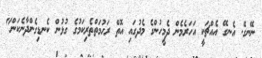
ނޭނގޭ. އެނގޭ އެއްޗަކީ އަހަރެމެން ދެމީހުންގެ މެދުގައި އޮތް ރަހުމަތްތެރިކަމުގެ ގުޅުން ކެނޑިގެންދާނެކަން"